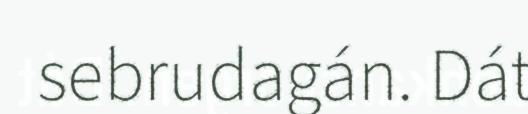
sebrudagán. Dát